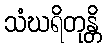
သံဃရိတုန္တိ